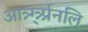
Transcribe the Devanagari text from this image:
आत्र्ग्त्र्र्प्रनलि